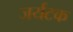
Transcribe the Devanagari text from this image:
जर्यटक